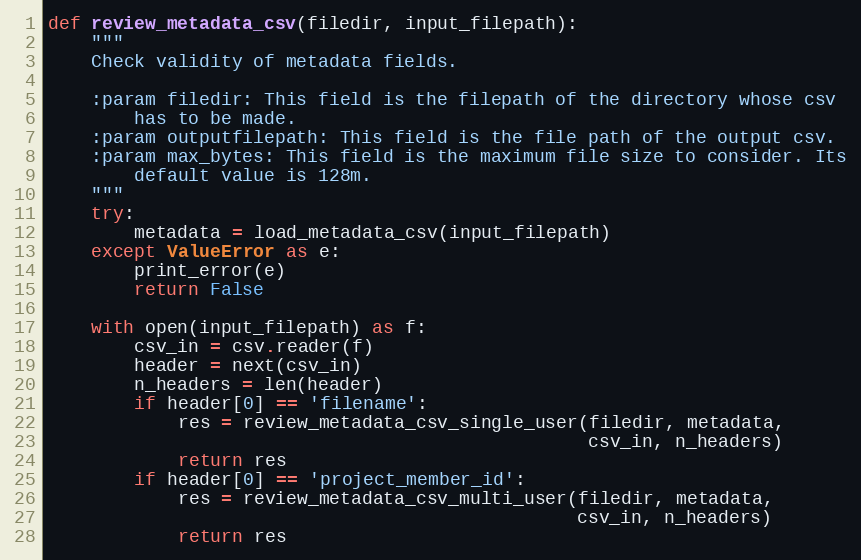
Language: Python
def review_metadata_csv(filedir, input_filepath):
    """
    Check validity of metadata fields.

    :param filedir: This field is the filepath of the directory whose csv
        has to be made.
    :param outputfilepath: This field is the file path of the output csv.
    :param max_bytes: This field is the maximum file size to consider. Its
        default value is 128m.
    """
    try:
        metadata = load_metadata_csv(input_filepath)
    except ValueError as e:
        print_error(e)
        return False

    with open(input_filepath) as f:
        csv_in = csv.reader(f)
        header = next(csv_in)
        n_headers = len(header)
        if header[0] == 'filename':
            res = review_metadata_csv_single_user(filedir, metadata,
                                                  csv_in, n_headers)
            return res
        if header[0] == 'project_member_id':
            res = review_metadata_csv_multi_user(filedir, metadata,
                                                 csv_in, n_headers)
            return res